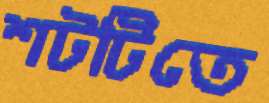
শটটিতে